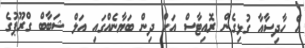
އެ ހާދިސާއާ ގުޅިގެން ރޮއިޓާސް އަށް ދިން ބަޔާނެއްގައި އަލް ޝަބާބް ގްރޫޕުގެ